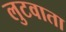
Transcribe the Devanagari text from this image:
लुटवाता